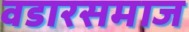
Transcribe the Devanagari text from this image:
वडारसमाज